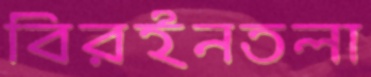
বিরইনতলা